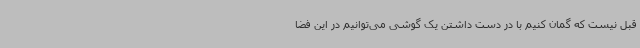
قبل نیست که گمان کنیم با در دست داشتن یک گوشی می‌توانیم در این فضا